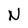
Character: N